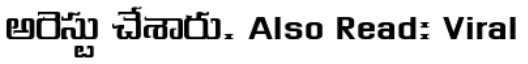
అరెస్టు చేశారు. Also Read: Viral